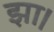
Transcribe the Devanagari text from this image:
झा।